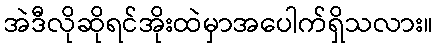
အဲဒီလိုဆိုရင်အိုးထဲမှာအပေါက်ရှိသလား။